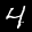
Label: 4